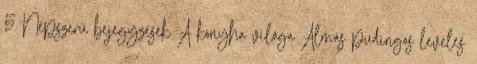
5 Népszerű bejegyzések A konyha világa Almás pudingos leveles